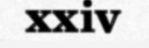
xxiv